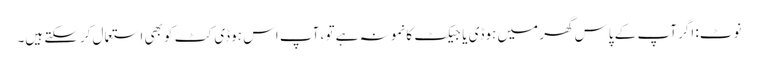
نوٹ: اگر آپ کے پاس گھر میں ہوڈی یا جیکٹ کا نمونہ ہے تو ، آپ اس ہوڈی کٹ کو بھی استعمال کرسکتے ہیں۔